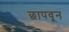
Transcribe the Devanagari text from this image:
छापवून